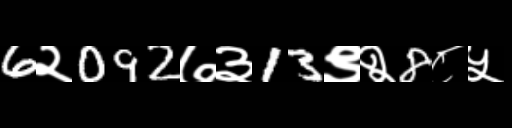
Text: 6२092७३13९२8८५